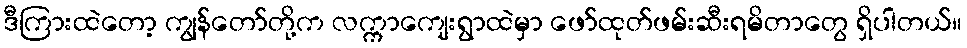
ဒီကြားထဲတော့ ကျွန်တော်တို့က လက္ကာကျေးရွာထဲမှာ ဖော်ထုတ်ဖမ်းဆီးရမိတာတွေ ရှိပါတယ်။